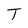
Character: T